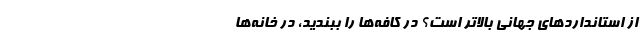
از استانداردهای جهانی بالاتر است؟ درِ کافه‌ها را ببندید، درِ خانه‌ها